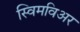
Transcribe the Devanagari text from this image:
स्विमविअर